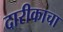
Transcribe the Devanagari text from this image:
दारीकाचा